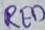
Text: RED